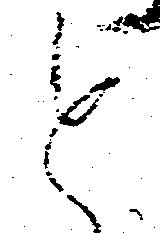
と